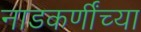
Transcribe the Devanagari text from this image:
नाडकर्णींच्या